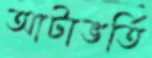
আটাভর্তি